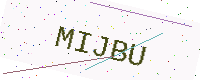
Text: MIJBU